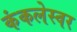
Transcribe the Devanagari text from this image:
कंकलेस्वर